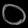
Digit: ၀